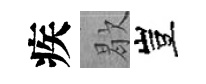
疾歇豈